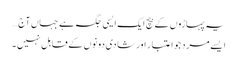
یہ پہاڑوں کے بیچ ایک ایسی جگہ ہے جہاں آج …
ایسے مرد جو اعتبار اور شادی دونوں کے قابل نہیں ۔